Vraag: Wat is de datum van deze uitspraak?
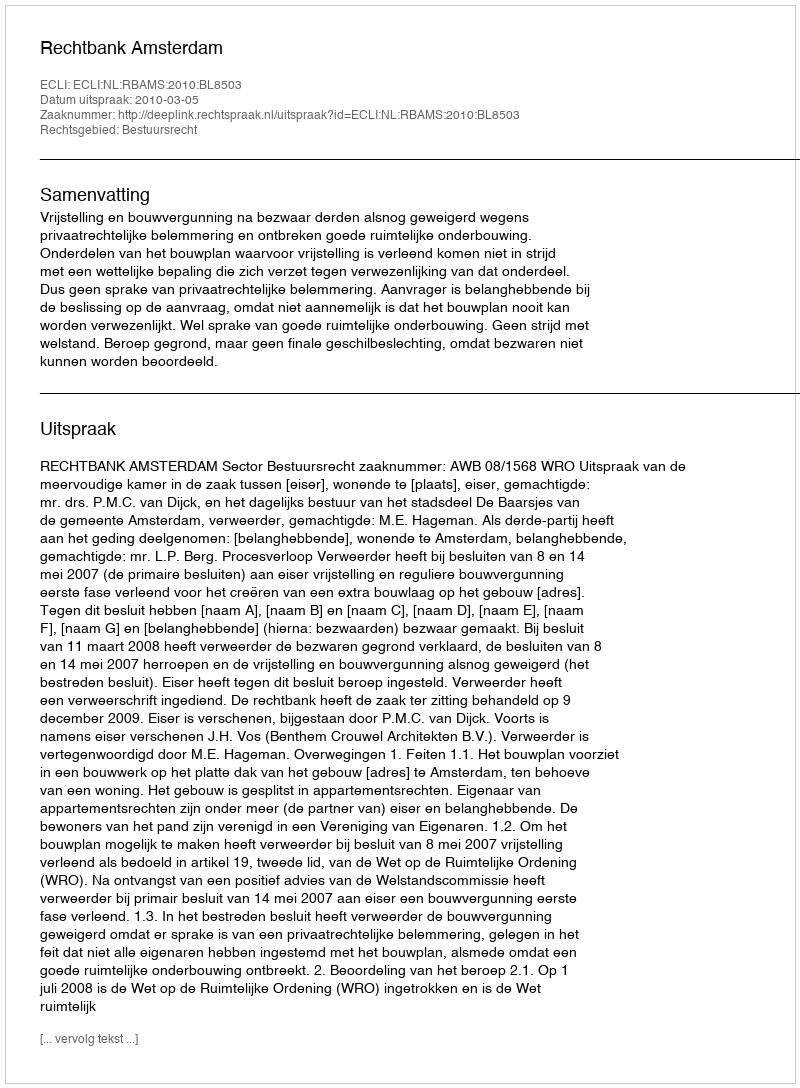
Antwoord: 2010-03-05